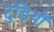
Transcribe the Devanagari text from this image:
टुड़ियों